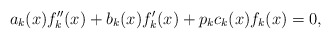
\begin{align*}a_k(x) f_k''(x) + b_k(x) f_k'(x) + p_k c_k(x) f_k(x) = 0,\end{align*}